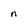
Character: n